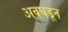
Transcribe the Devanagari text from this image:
अवघडून